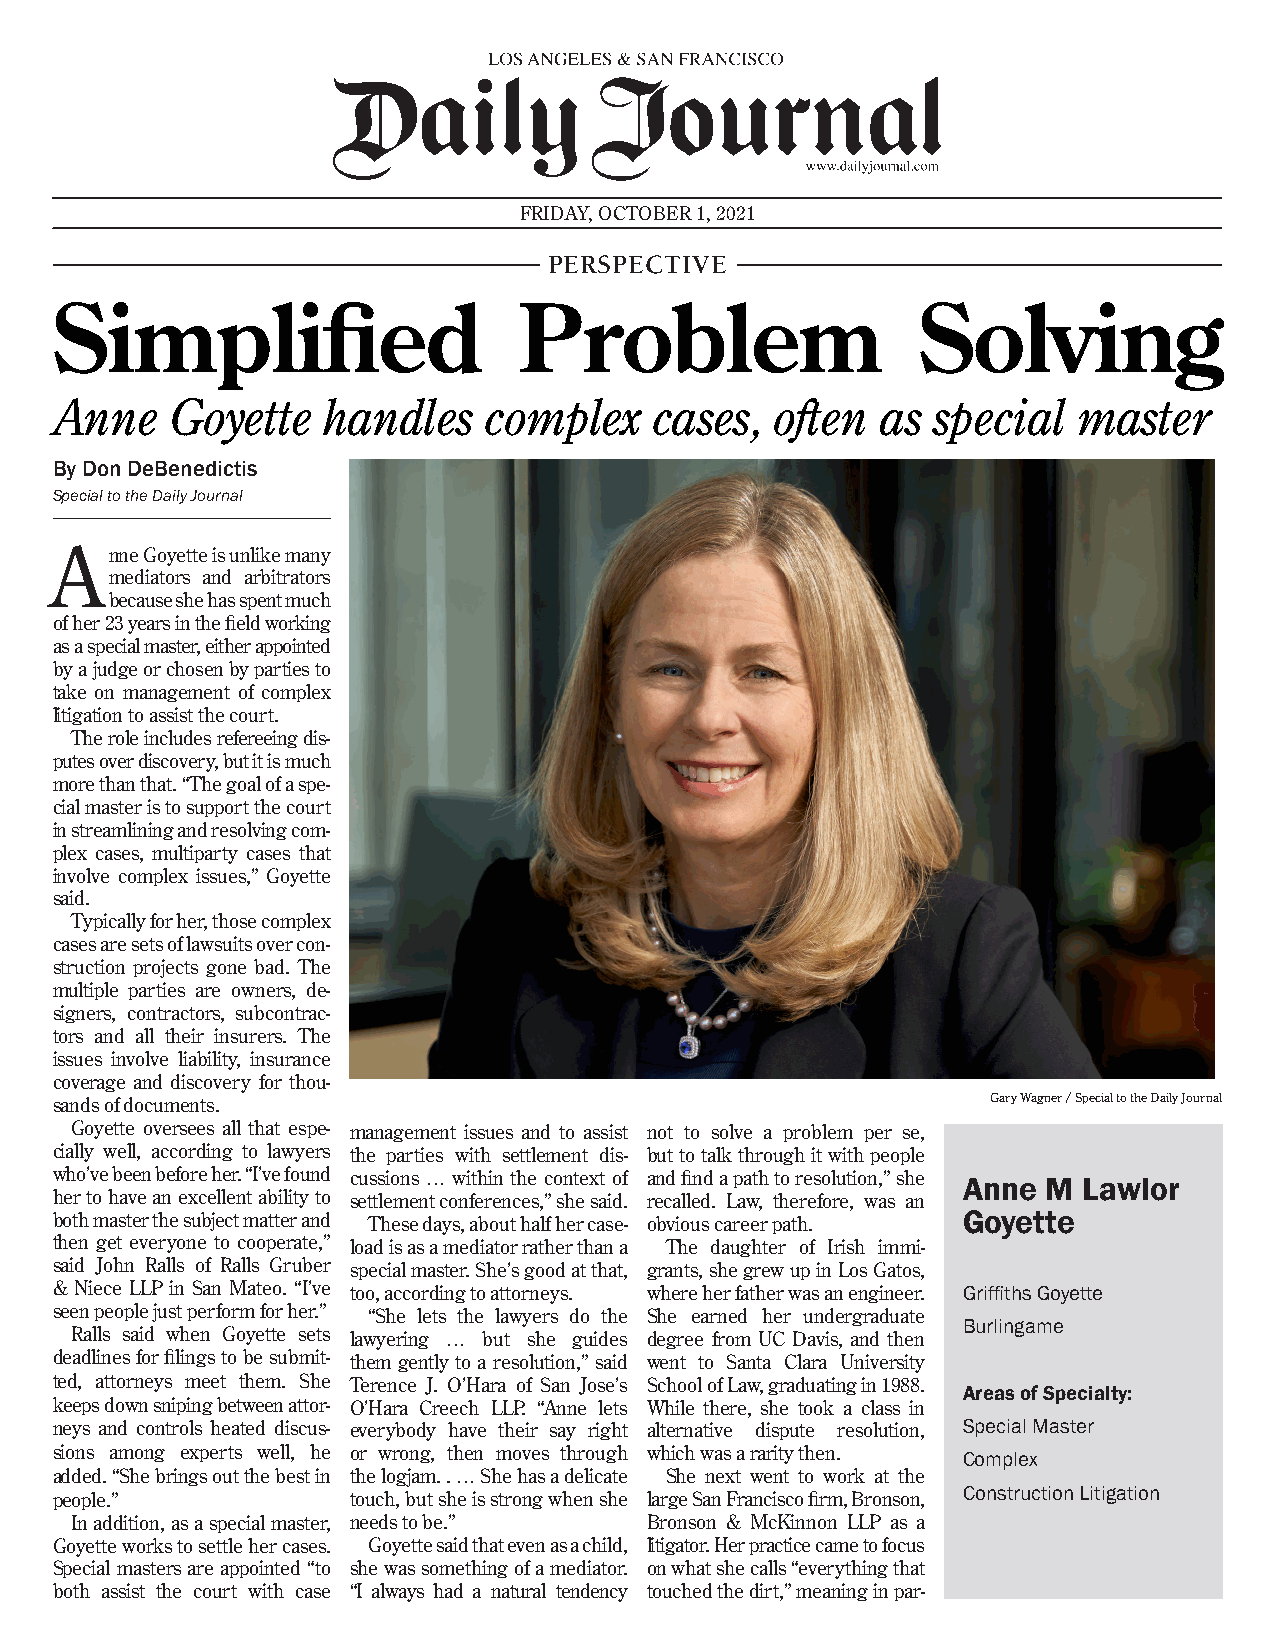
FRIDAY, OCTOBER 1, 2021
 PERSPECTIVE
 Simplified                     Problem                    Solving
 Anne    Goyette   handles    complex    cases,  often  as  special  master
 By Don DeBenedictis
 Special to the Daily Journal
 A   nne Goyette is unlike many
 mediators and arbitrators
 because she has spent much
 of her 23 years in the field working
 as a special master, either appointed
 by a judge or chosen by parties to
 take on management of complex
 litigation to assist the court.
 The role includes refereeing dis-
 putes over discovery, but it is much
 more than that. “The goal of a spe-
 cial master is to support the court
 in streamlining and resolving com-
 plex cases, multiparty cases that
 involve complex issues,” Goyette
 said.
 Typically for her, those complex
 cases are sets of lawsuits over con-
 struction projects gone bad. The
 multiple parties are owners, de-
 signers, contractors, subcontrac-
 tors and all their insurers. The
 issues involve liability, insurance
 coverage and discovery for thou-
 sands of documents.                                            Gary Wagner / Special to the Daily Journal
 Goyette oversees all that espe- management issues and to assist not to solve a problem per se,
 cially well, according to lawyers the parties with settlement dis- but to talk through it with people
 who’ve been before her. “I’ve found cussions … within the context of and find a path to resolution,” she Anne M Lawlor
 her to have an excellent ability to settlement conferences,” she said. recalled. Law, therefore, was an
 both master the subject matter and These days, about half her case- obvious career path. Goyette
 then get everyone to cooperate,” load is as a mediator rather than a The daughter of Irish immi-
 said John Ralls of Ralls Gruber special master. She’s good at that, grants, she grew up in Los Gatos,
 & Niece LLP in San Mateo. “I’ve too, according to attorneys. where her father was an engineer. Griffiths Goyette
 seen people just perform for her.” “She lets the lawyers do the She earned her undergraduate
 Burlingame
 Ralls said when Goyette sets lawyering … but she guides degree from UC Davis, and then
 deadlines for filings to be submit- them gently to a resolution,” said went to Santa Clara University
 ted, attorneys meet them. She Terence J. O’Hara of San Jose’s School of Law, graduating in 1988.
 Areas of Specialty:
 keeps down sniping between attor- O’Hara Creech LLP. “Anne lets While there, she took a class in
 neys and controls heated discus- everybody have their say right alternative dispute resolution, Special Master
 sions among experts well, he or wrong, then moves through which was a rarity then.
 Complex
 added. “She brings out the best in the logjam. . … She has a delicate She next went to work at the
 people.”            touch, but she is strong when she large San Francisco firm, Bronson, Construction Litigation
 In addition, as a special master, needs to be.” Bronson & McKinnon LLP as a
 Goyette works to settle her cases. Goyette said that even as a child, litigator. Her practice came to focus
 Special masters are appointed “to she was something of a mediator. on what she calls “everything that
 both assist the court with case “I always had a natural tendency touched the dirt,” meaning in par-